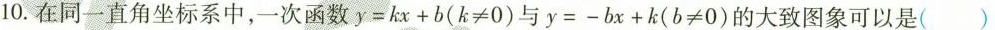
10.在同一直角坐标系中，一次函数$$y = k x + b ( k ≠ 0 )$$与$$y = - b x + k ( b ≠ 0 )$$的大致图象可以是( )